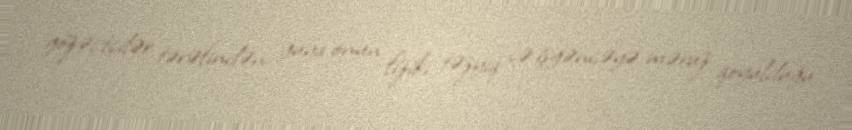
gözəçtçilər tərəfindən guya onun fiziki təzyiq və işgəncəyə məruz qoyulduğu